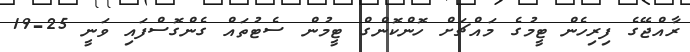
ރާއްޖޭގެ ފިިރިހެން ޓީމުގެ މައްޗަށް ހޮންކޮންގް ޓީމުން ސެޓުތައް ގެންގޮސްފައި ވަނީ 25-19